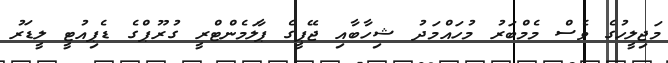
މަޖިލީހުގެ ވެސް މެމްބަރު މުހައްމަދު ޝިހާބާއި ޖޭޕީގެ ޕާލަމެންޓްރީ ގުރޫޕްގެ ޑެޕިއުޓީ ލީޑަރު